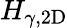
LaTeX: H_{\gamma,\mathrm{2D}}